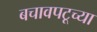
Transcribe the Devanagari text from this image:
बचावपटूच्या